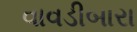
વાવડીબારા